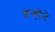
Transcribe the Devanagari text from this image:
इन्हॊने